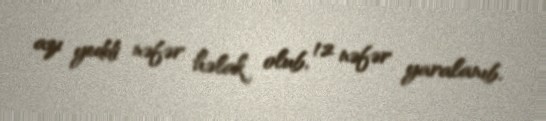
azı yeddi nəfər həlak olub, 12 nəfər yaralanıb.